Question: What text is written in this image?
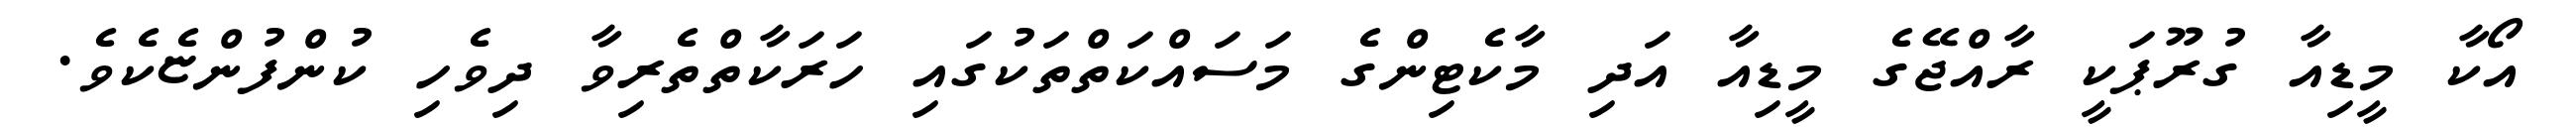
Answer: އޯކާ މީޑިއާ ގުރޫޕަކީ ރާއްޖޭގެ މީޑިއާ އަދި މާކެޓިންގެ މަސައްކަތްތަކުގައި ހަރަކާތްތެރިވާ ދިވެހި ކުންފުންޏެކެވެ.